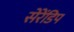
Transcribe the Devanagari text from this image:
सेरेंडिप